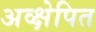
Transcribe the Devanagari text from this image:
अव्क्षेपित